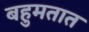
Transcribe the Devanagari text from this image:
बहुमतात